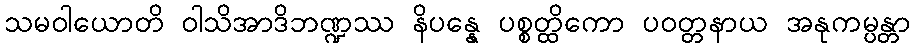
သမဝါယောတိ ဝါသိအာဒိဘဏ္ဍဿ နိပန္နေ ပစ္စတ္ထိကော ပဝတ္တနာယ အနုကမ္ပန္တာ